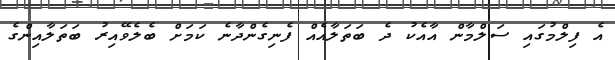
އެ ފިލްމުގައި ސަލްމާން އާއެކު ދެ ބަތަލާއެއް ފެނިގެންދާނެ ކަމަށް ބެލެވޭއިރު ބަތަލާއިންގެ